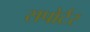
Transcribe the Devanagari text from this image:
सपोर्टर